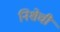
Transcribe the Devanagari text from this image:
निशेची